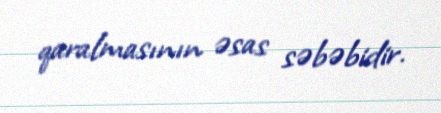
qaralmasının əsas səbəbidir.